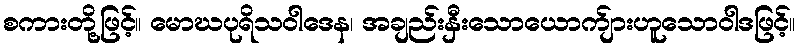
စကားတို့ဖြင့်။ မောဃပုရိသဝါဒေန၊ အချည်းနှီးသောယောက်ျားဟူသောဝါဒဖြင့်။